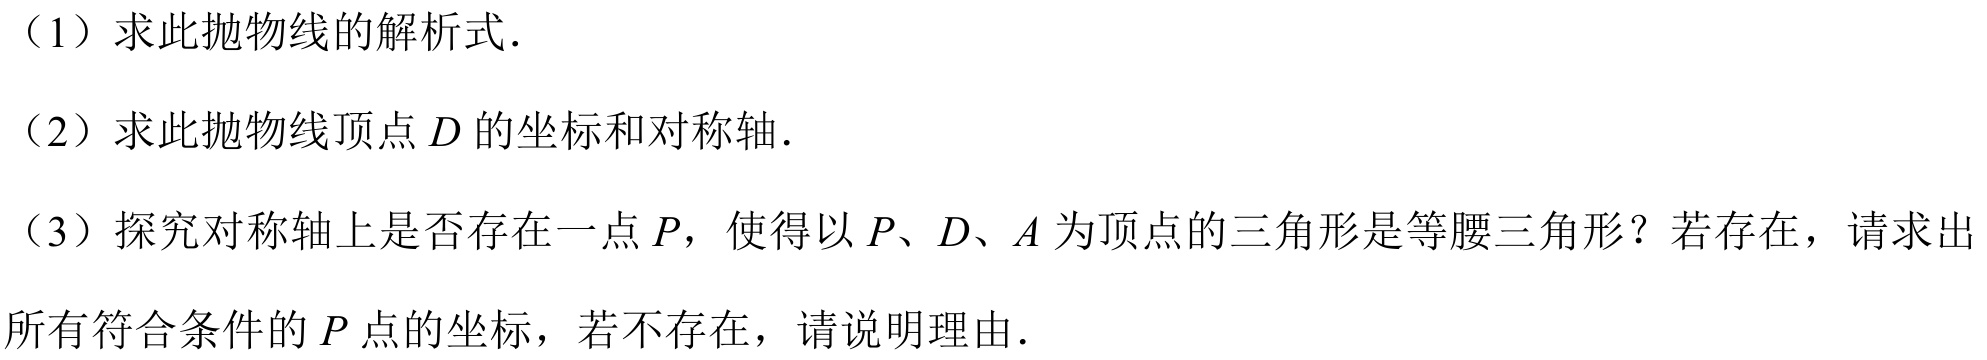
（1）求此抛物线的解析式.
（2）求此抛物线顶点\(D\)的坐标和对称轴.
（3）探究对称轴上是否存在一点\(P\)，使得以\(P\)、\(D\)、\(A\)为顶点的三角形是等腰三角形？若存在，请求出所有符合条件的\(P\)点的坐标，若不存在，请说明理由.